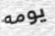
يومه